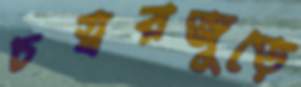
চত্বরজুড়ে